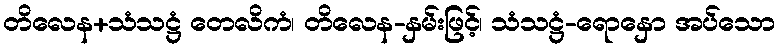
တိလေန+သံသဋ္ဌံ တေလိကံ၊ တိလေန-နှမ်းဖြင့်၊ သံသဋ္ဌံ-ရောနှော အပ်သော